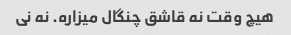
هیچ وقت نه قاشق چنگال میزاره. نه نی